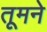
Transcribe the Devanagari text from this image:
तूमने